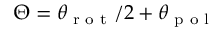
\Theta = \theta _ { \textrm { r o t } } / 2 + \theta _ { \textrm { p o l } }